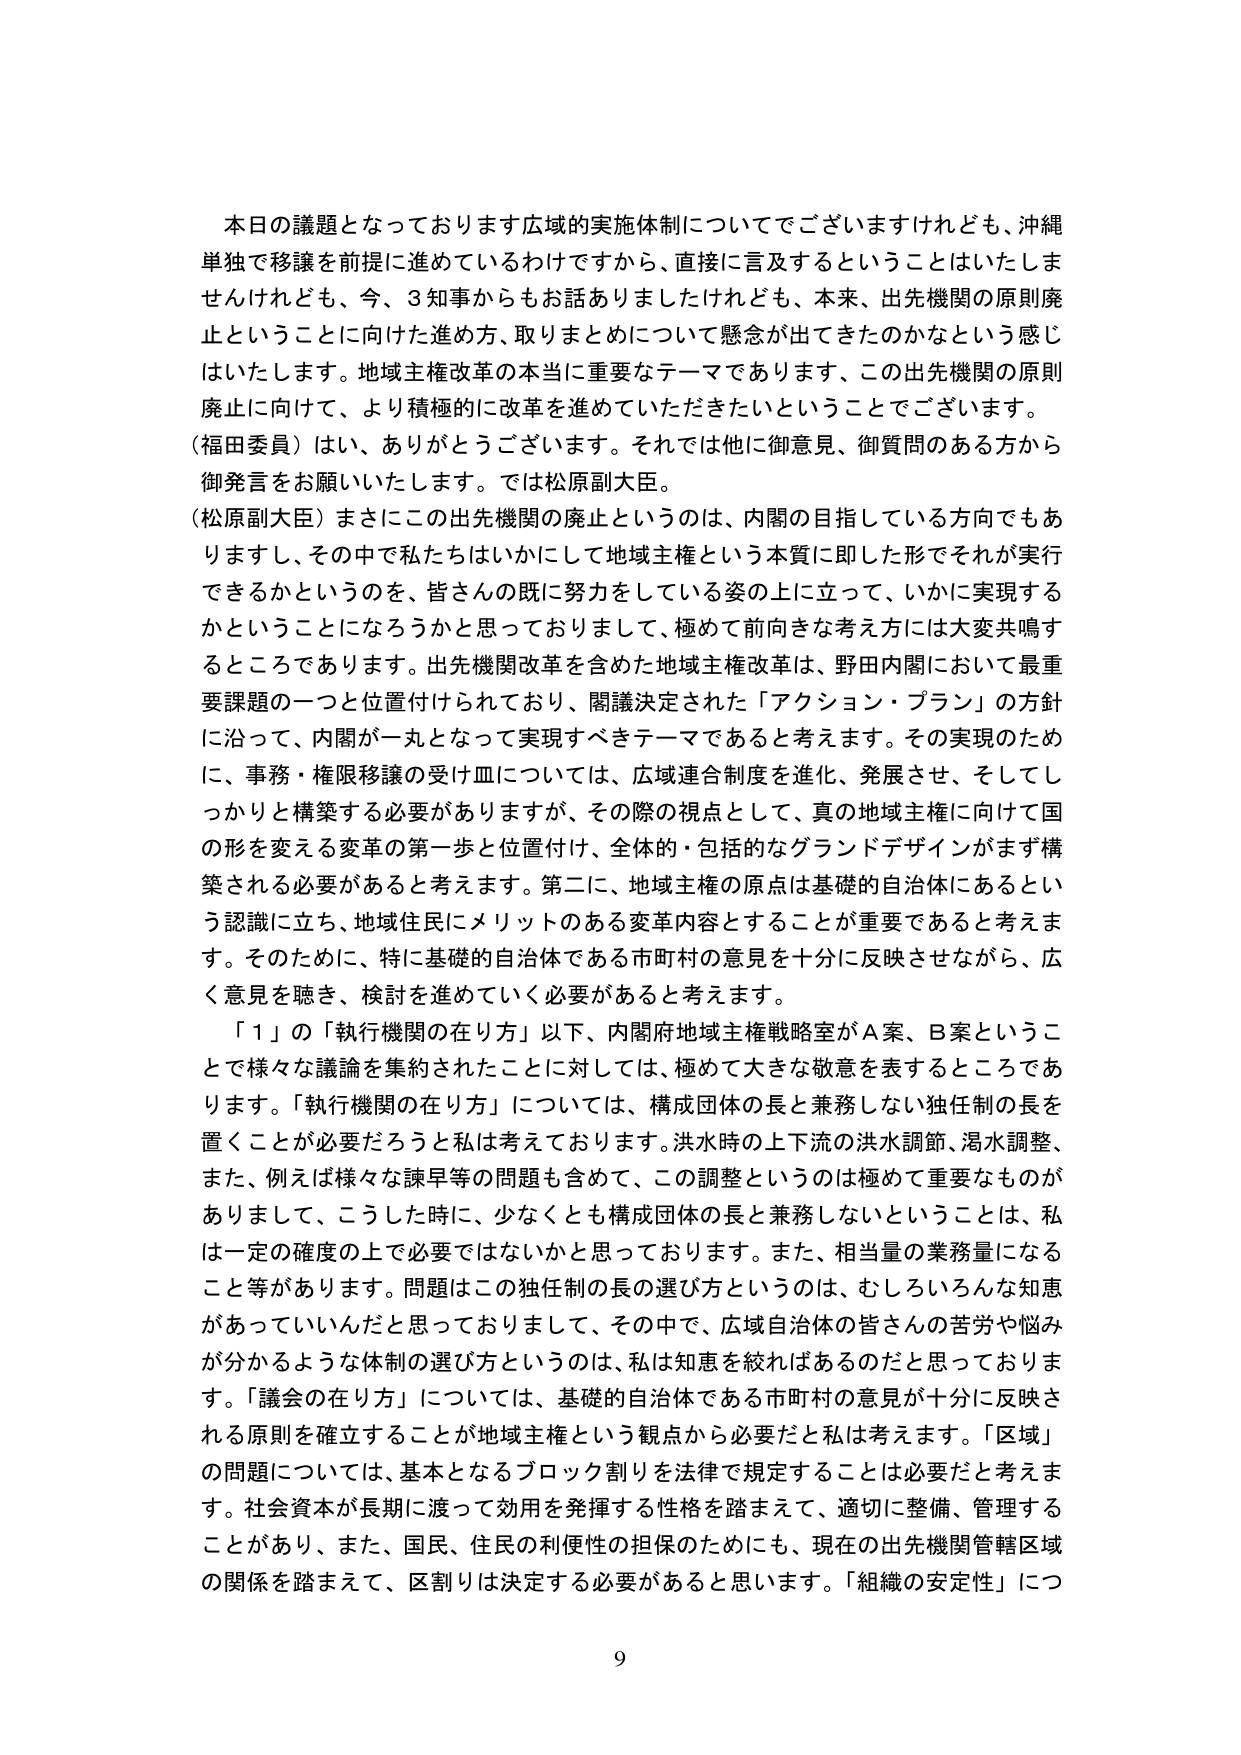
本日の議題となっております広域の実施体制についてでございますけれども、沖縄単独で移譲を前提に進めているわけですから、直接に言及するということはいたしませんけれども、今、3知事からもお話ありましたけれども、本来、出先機関の原則廃止ということに向けた進め方、取りまとめについて懸念が出てきたのかなという感じはいたします。地域主権改革の本当に重要なテーマであります、この出先機関の原則廃止に向けて、より積極的に改革を進めていただきたいということでございます。

（福田委員）はい、ありがとうございます。それでは他に御意見、御質問のある方から御発言をお願いいたします。では松原副大臣。

（松原副大臣）まさにこの出先機関の廃止というのは、内閣の目指している方向でもありますし、その中で私たちはいかにして地域主権という本質に即した形でそれが実行できるかというのを、皆さんの既に努力をしている姿の上に立って、いかに実現するかということになろうかと思っておりまして、極めて前向きな考え方には大変共鳴するところであります。出先機関改革を含めた地域主権改革は、野田内閣において最重要課題の一つと位置付けられており、閣議決定された「アクション・プラン」の方針に沿って、内閣が一丸となって実現すべきテーマであると考えます。その実現のために、事務・権限移譲の受け皿については、広域連合制度を進化、発展させ、そしてしっかりとした構築する必要がありますが、その際の視点として、真の地域主権に向けて国の形を変える変革の第一歩と位置付け、全体的・包括的なグランドデザインがまず構築される必要があると考えます。第二に、地域主権の原点は基礎的自治体にあるという認識に立ち、地域住民にメリットのある変革内容とすることが重要であると考えます。そのために、特に基礎的自治体である市町村の意見を十分に反映させながら、広く意見を聴き、検討を進めていく必要があると考えます。

「１」の「執行機関の在り方」以下、内閣府地域主権戦略室がA案、B案ということで様々な議論を集約されたことに対しては、極めて大きな敬意を表するところであります。「執行機関の在り方」については、構成団体の長と兼務しない独任制の長を置くことが必要だろうと私は考えております。洪水時の上下流の洪水調節、渇水調整、また、例えば様々な諫早等の問題も含めて、この調整というのは極めて重要なものがありまして、こうした時に、少なくとも構成団体の長と兼務しないということは、私は一定の確度の上で必要ではないかと思っております。また、相当量の業務量になること等があります。問題はこの独任制の長の選び方というのは、むしろいろんな知恵があっていいんだと思っておりまして、その中で、広域自治体の皆さんの苦労や悩みが分かるような体制の選び方というのは、私は知恵を絞ればあるのだと思っております。「議会の在り方」については、基礎的自治体である市町村の意見が十分に反映される原則を確立することが地域主権という観点から必要だと私は考えます。「区域」の問題については、基本となるブロック割りを法律で規定することは必要だと考えます。社会資本が長期に渡って効用を発揮する性格を踏まえて、適切に整備、管理することがあり、また、国民、住民の利便性の担保のためにも、現在の出先機関管轄区域の関係を踏まえて、区割りは決定する必要があると思います。「組織の安定性」につ

9